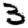
Digit: 3